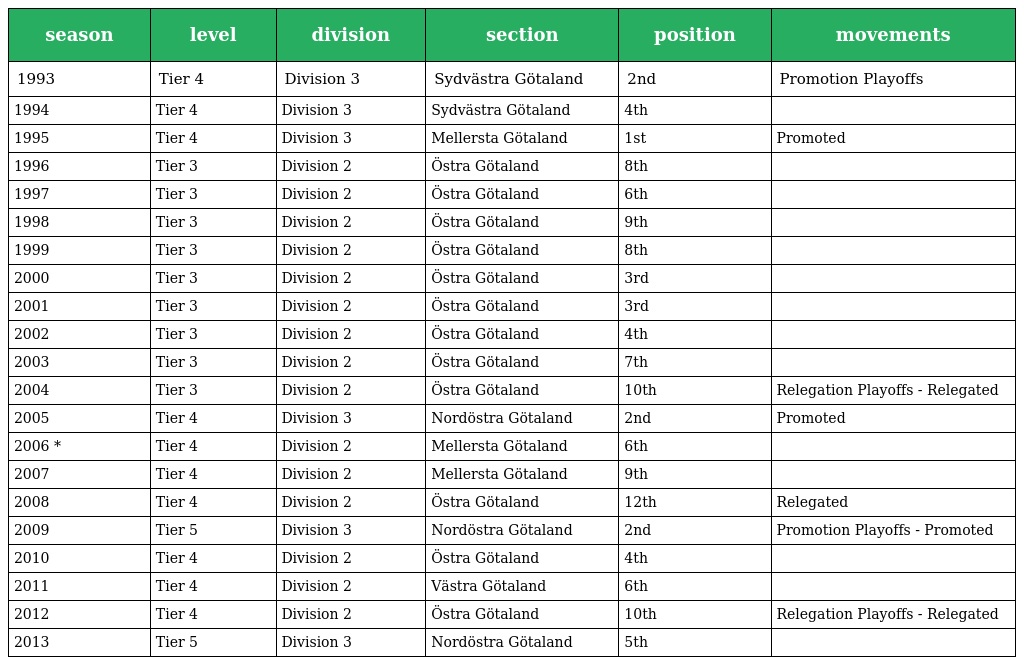
| season | level | division | section | position | movements |
 | --- | --- | --- | --- | --- | --- |
 | 1993 | Tier 4 | Division 3 | Sydvästra Götaland | 2nd | Promotion Playoffs |
 | 1994 | Tier 4 | Division 3 | Sydvästra Götaland | 4th |  |
 | 1995 | Tier 4 | Division 3 | Mellersta Götaland | 1st | Promoted |
 | 1996 | Tier 3 | Division 2 | Östra Götaland | 8th |  |
 | 1997 | Tier 3 | Division 2 | Östra Götaland | 6th |  |
 | 1998 | Tier 3 | Division 2 | Östra Götaland | 9th |  |
 | 1999 | Tier 3 | Division 2 | Östra Götaland | 8th |  |
 | 2000 | Tier 3 | Division 2 | Östra Götaland | 3rd |  |
 | 2001 | Tier 3 | Division 2 | Östra Götaland | 3rd |  |
 | 2002 | Tier 3 | Division 2 | Östra Götaland | 4th |  |
 | 2003 | Tier 3 | Division 2 | Östra Götaland | 7th |  |
 | 2004 | Tier 3 | Division 2 | Östra Götaland | 10th | Relegation Playoffs - Relegated |
 | 2005 | Tier 4 | Division 3 | Nordöstra Götaland | 2nd | Promoted |
 | 2006 * | Tier 4 | Division 2 | Mellersta Götaland | 6th |  |
 | 2007 | Tier 4 | Division 2 | Mellersta Götaland | 9th |  |
 | 2008 | Tier 4 | Division 2 | Östra Götaland | 12th | Relegated |
 | 2009 | Tier 5 | Division 3 | Nordöstra Götaland | 2nd | Promotion Playoffs - Promoted |
 | 2010 | Tier 4 | Division 2 | Östra Götaland | 4th |  |
 | 2011 | Tier 4 | Division 2 | Västra Götaland | 6th |  |
 | 2012 | Tier 4 | Division 2 | Östra Götaland | 10th | Relegation Playoffs - Relegated |
 | 2013 | Tier 5 | Division 3 | Nordöstra Götaland | 5th |  |